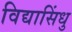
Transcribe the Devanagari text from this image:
विद्यासिंधु